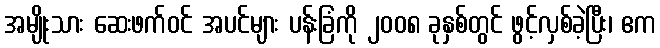
အမျိုးသား ဆေးဖက်ဝင် အပင်များ ပန်းခြံကို ၂၀၀၈ ခုနှစ်တွင် ဖွင့်လှစ်ခဲ့ပြီး၊ ဧက